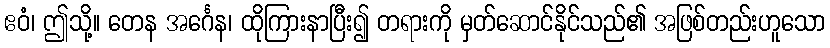
ဧဝံ၊ ဤသို့။ တေန အင်္ဂေန၊ ထိုကြားနာပြီး၍ တရားကို မှတ်ဆောင်နိုင်သည်၏ အဖြစ်တည်းဟူသော